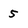
Character: 5